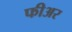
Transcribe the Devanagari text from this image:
फीअर